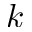
{ k }